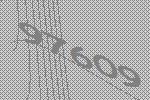
97609